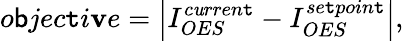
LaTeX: o\mathsf{b}jec\mathtt{t}i\mathbf{v}e=\left|I_{OES}^{c\mathit{u}rren\mathtt{t}}-I_{OES}^{se\mathtt{t}poin\mathtt{t}}\right|,